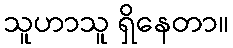
သူဟာသူ ရှိနေတာ။